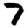
Digit: 7